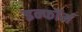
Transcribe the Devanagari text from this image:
इन्फॉर्म